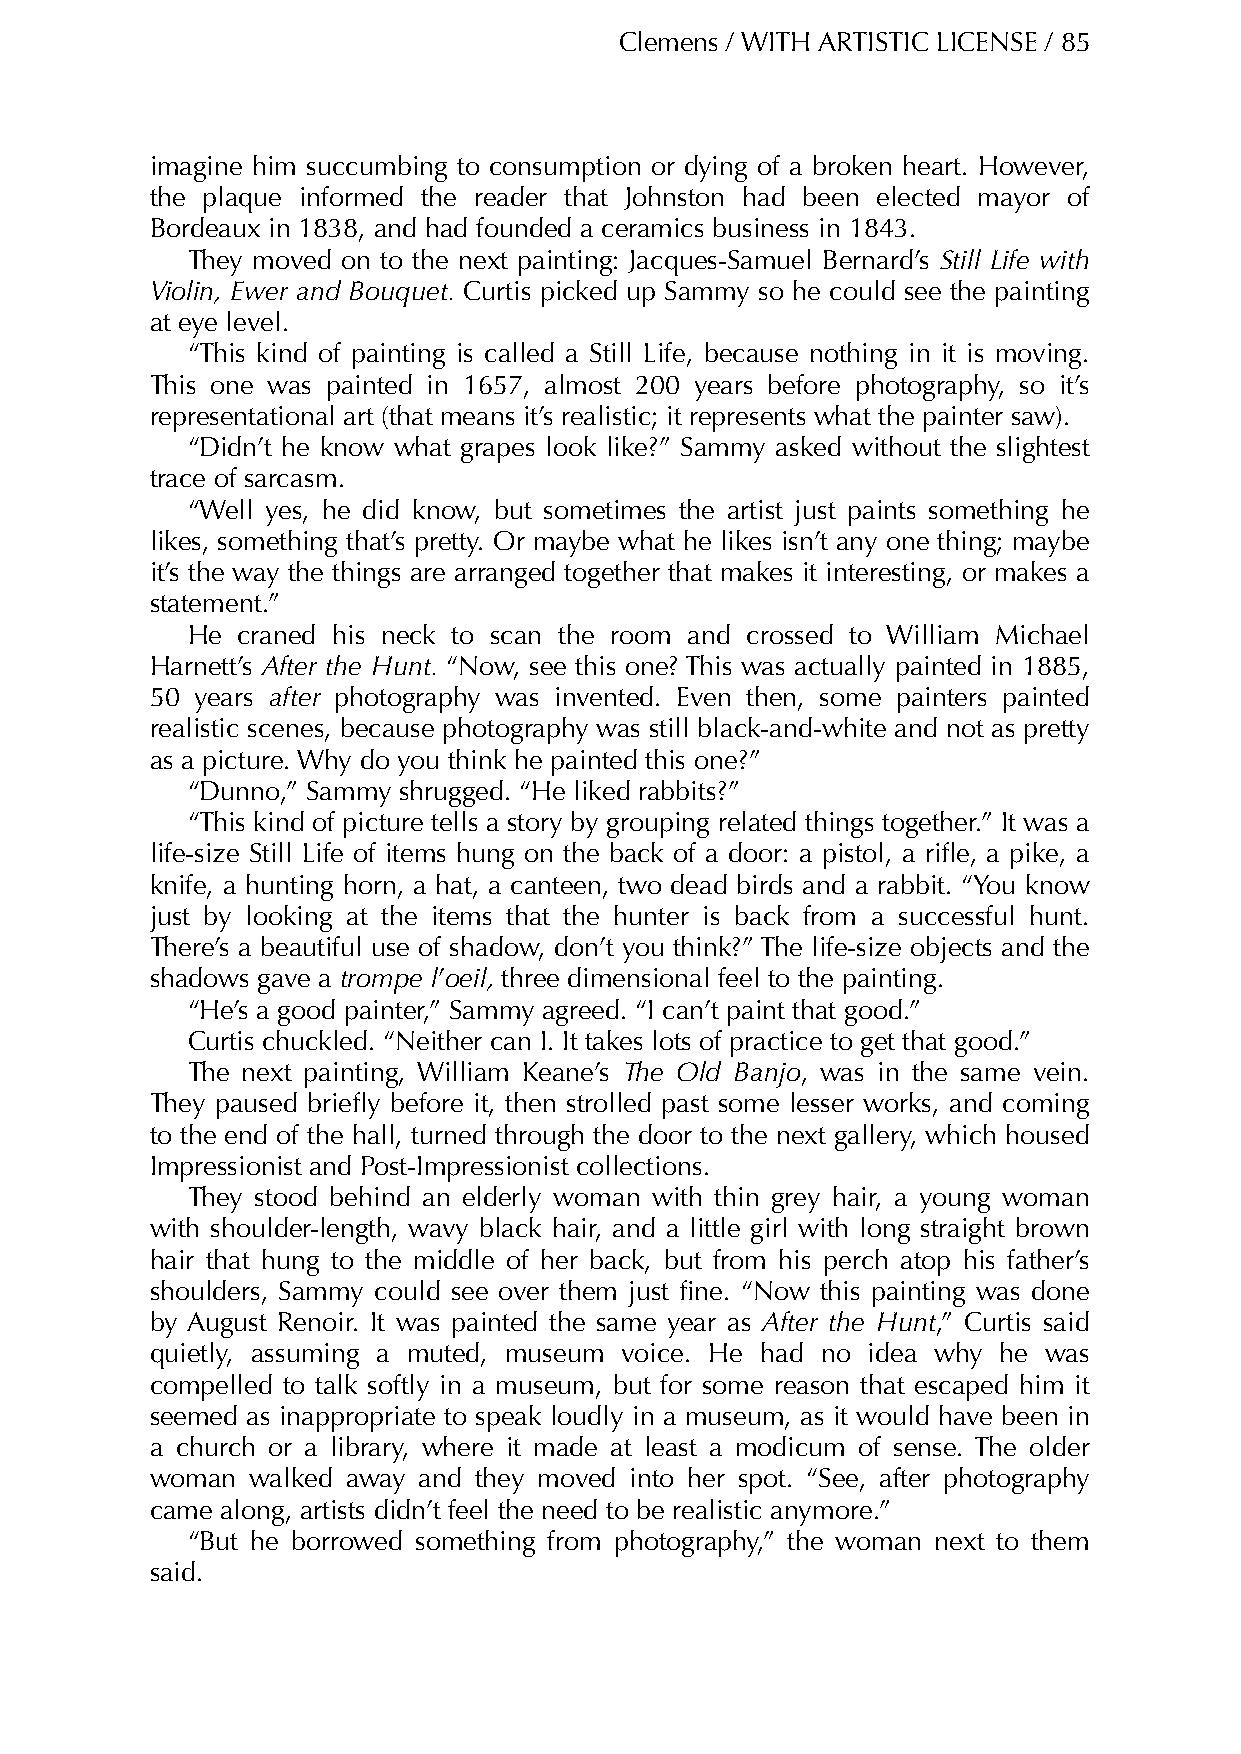
Clemens / WITH ARTISTIC LICENSE / 85
 imagine him succumbing to consumption or dying of a broken heart. However,
 the plaque informed the reader that Johnston had been elected mayor of
 Bordeaux in 1838, and had founded a ceramics business in 1843.
 They moved on to the next painting: Jacques-Samuel Bernard’s Still Life with
 Violin, Ewer and Bouquet. Curtis picked up Sammy so he could see the painting
 at eye level.
 “This kind of painting is called a Still Life, because nothing in it is moving.
 This one was painted in 1657, almost 200 years before photography, so it’s
 representational art (that means it’s realistic; it represents what the painter saw).
 “Didn’t he know what grapes look like?” Sammy asked without the slightest
 trace of sarcasm.
 “Well yes, he did know, but sometimes the artist just paints something he
 likes, something that’s pretty. Or maybe what he likes isn’t any one thing; maybe
 it’s the way the things are arranged together that makes it interesting, or makes a
 statement.”
 He  craned his neck to scan the room and crossed to William Michael
 Harnett’s After the Hunt. “Now, see this one? This was actually painted in 1885,
 50 years after photography was invented. Even then, some painters painted
 realistic scenes, because photography was still black-and-white and not as pretty
 as a picture. Why do you think he painted this one?”
 “Dunno,” Sammy shrugged. “He liked rabbits?”
 “This kind of picture tells a story by grouping related things together.” It was a
 life-size Still Life of items hung on the back of a door: a pistol, a rifle, a pike, a
 knife, a hunting horn, a hat, a canteen, two dead birds and a rabbit. “You know
 just by looking at the items that the hunter is back from a successful hunt.
 There’s a beautiful use of shadow, don’t you think?” The life-size objects and the
 shadows gave a trompe l’oeil, three dimensional feel to the painting.
 “He’s a good painter,” Sammy agreed. “I can’t paint that good.”
 Curtis chuckled. “Neither can I. It takes lots of practice to get that good.”
 The next painting, William Keane’s The Old Banjo, was in the same vein.
 They paused briefly before it, then strolled past some lesser works, and coming
 to the end of the hall, turned through the door to the next gallery, which housed
 Impressionist and Post-Impressionist collections.
 They stood behind an elderly woman with thin grey hair, a young woman
 with shoulder-length, wavy black hair, and a little girl with long straight brown
 hair that hung to the middle of her back, but from his perch atop his father’s
 shoulders, Sammy could see over them just fine. “Now this painting was done
 by August Renoir. It was painted the same year as After the Hunt,” Curtis said
 quietly, assuming a muted, museum voice. He had no idea why he was
 compelled to talk softly in a museum, but for some reason that escaped him it
 seemed as inappropriate to speak loudly in a museum, as it would have been in
 a church or a library, where it made at least a modicum of sense. The older
 woman  walked away and they moved into her spot. “See, after photography
 came along, artists didn’t feel the need to be realistic anymore.”
 “But he borrowed something from photography,” the woman next to them
 said.